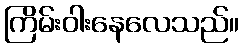
ကြိမ်းဝါးနေလေသည်။